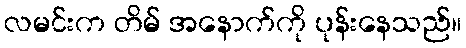
လမင်းက တိမ် အနောက်ကို ပုန်းနေသည်။